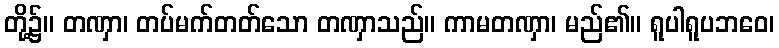
တို့၌။ တဏှာ၊ တပ်မက်တတ်သော တဏှာသည်။ ကာမတဏှာ၊ မည်၏။ ရူပါရူပဘဝေ၊